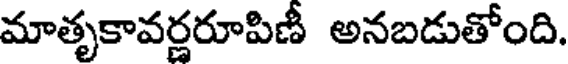
మాతృకావర్ణరూపిణీ అనబడుతోంది.